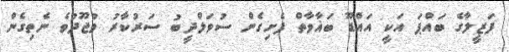
ފަޒީލާގެ ބައްޕަ އަކީ އައްޑޫ ބަޣާވާތް ފެށިގެން ސުވަލްދީބު ސަރުކާރު ވުޖޫދުވެ ނެތިގެން